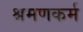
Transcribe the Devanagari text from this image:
श्रमणकर्म